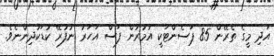
އަދި މީގެ ތެރޭން 85 ޕަސެންޓަކީ އުމުރުން ފަސް އަހަރު ނުފުރޭ ކުޑަކުދިންނެވެ.